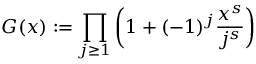
G ( x ) : = \prod _ { j \ge 1 } \bigg ( 1 + ( - 1 ) ^ { j } \frac { x ^ { s } } { j ^ { s } } \bigg )